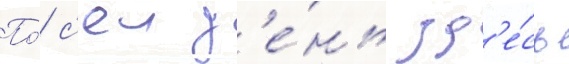
По́ с'еи д'е́нь зд'е́сь